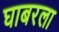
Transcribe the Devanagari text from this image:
घाबरला